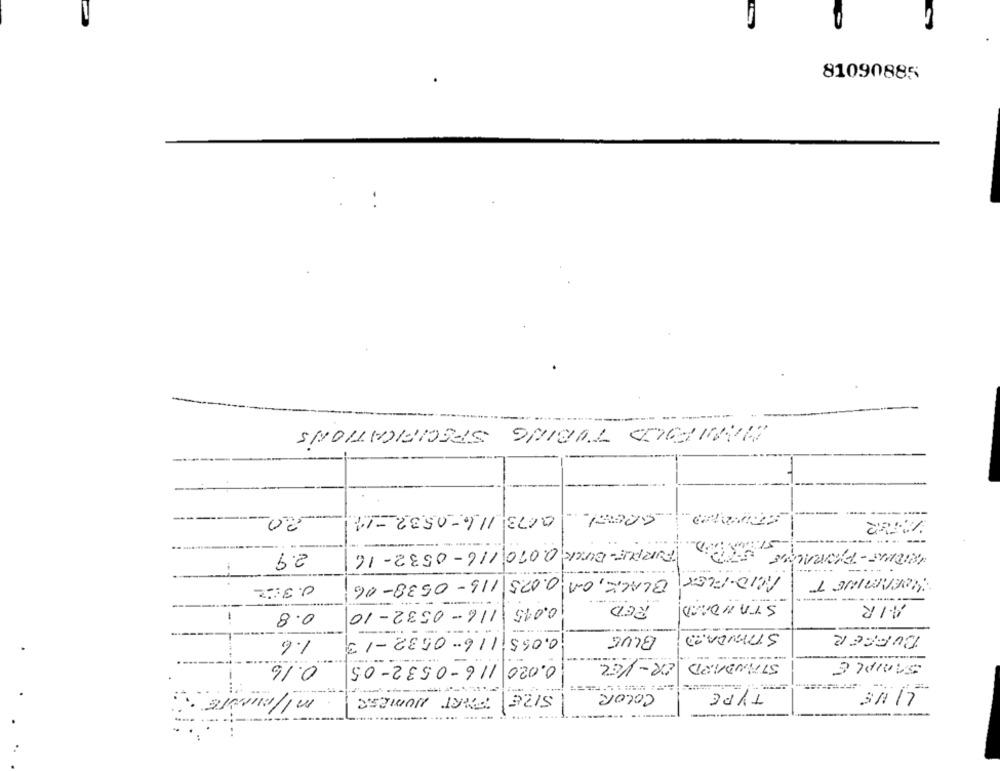
$8806018
HARTFORD TUBING SPECIFICATIONS
20
0173 116 -0532 -11
2.9
FORPUR-BURCk 0.070 116-0532-16
MID-FLEX
WORAMINE T
BLACK,00.0.075 116-0538-06
0.322
---
0.015
RED
STANDARD
AIR
0.8
116-0532-10
-----
STANDARD
BUFFER
1.6
0.065 116- 0532-13
BLUE
ER-YEL
STANDARD
SAMPLE
0.16
0.020 116-0532-05
ml/MINSTE
5126
COLOR
TYPE
....
FORT NUMBER
---